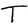
Character: T